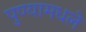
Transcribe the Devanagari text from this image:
पुण्यामधले